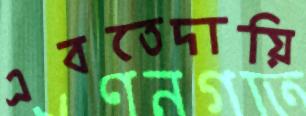
এবতেদায়ি